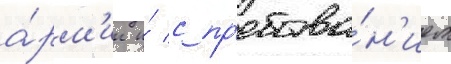
а́рм'ии и́ с пр'ебыва́н'ием